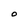
Character: O